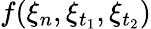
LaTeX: f(\xi_{n},\xi_{t_{1}},\xi_{t_{2}})